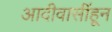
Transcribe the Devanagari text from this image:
आदीवासींहून